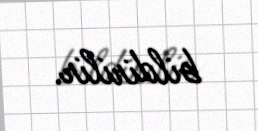
bildirilir.